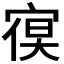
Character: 𭔁